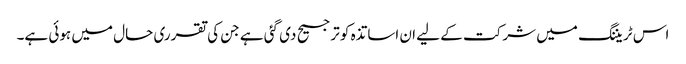
اس ٹریننگ میں شرکت کے لیے ان اساتذہ کو ترجیح دی گئی ہے جن کی تقرری حال میں ہوئی ہے۔